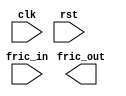
module fric_xactor
  (
   clk,
   rst,
   fric_in,
   fric_out
   );

   input           clk;
   input 	   rst;
   input [7:0] 	   fric_in;
   output [7:0]    fric_out;

   reg [7:0] 	   fric_out_o;
   wire [7:0] 	   fric_in_i;
   
   assign #1 	   fric_out = fric_out_o;
   assign #1 	   fric_in_i = fric_in;
   

endmodule